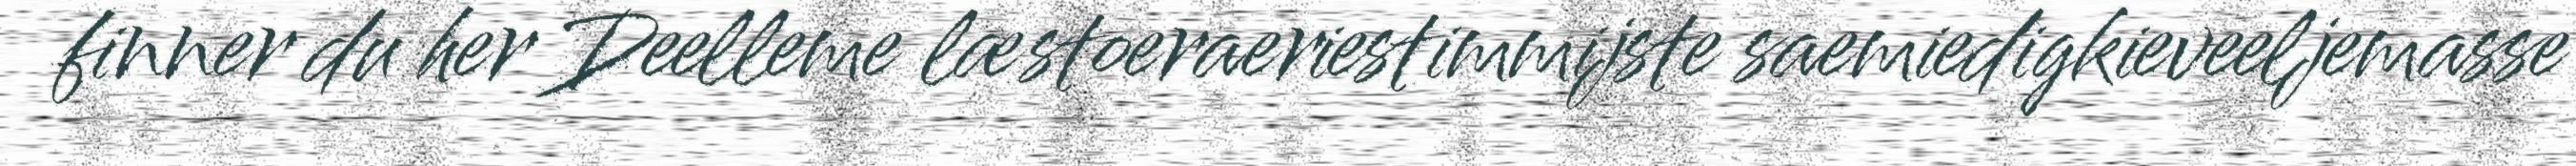
finner du her Deelleme læstoeraeriestimmijste saemiedigkieveeljemasse